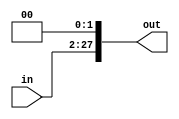
// This program was cloned from: https://github.com/ahmd-kamel/Single-Cycle_MIPS
// License: The Unlicense

module SHIFT_PC 
(
    input   wire[25:0]  in,
    output  wire[27:0]  out
);

    assign out = {in, 2'b0};
    
endmodule